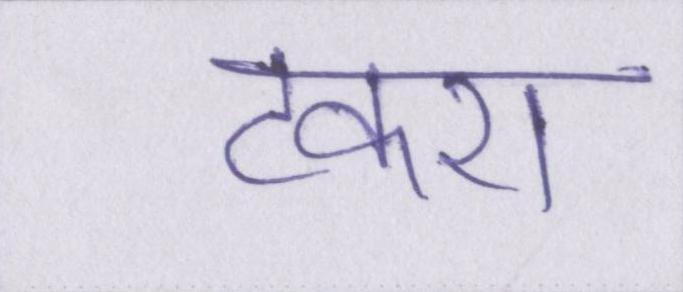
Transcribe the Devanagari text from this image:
टकरा